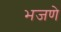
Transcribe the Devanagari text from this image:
भजणे